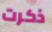
ذكرت